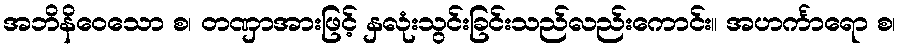
အဘိနိဝေသော စ၊ တဏှာအားဖြင့် နှလုံးသွင်းခြင်းသည်လည်းကောင်း။ အဟင်္ကာရော စ၊